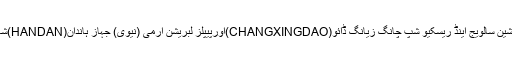
16 نومبر2016ء)چین کی بحریہ کا فلوٹیلا جس میں اوشین سالویج اینڈ ریسکیو شپ چانگ زیانگ ڈائو(CHANGXINGDAO)اورپیپلز لبریشن آرمی (نیوی) جہاز ہاندان(HANDAN)شامل ہیں پاکستان کے خیر سگالی دورے پر کراچی پہنچا۔